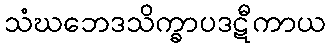
သံဃဘေဒသိက္ခာပဒဋီကာယ